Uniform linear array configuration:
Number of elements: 48
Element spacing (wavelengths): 0.25
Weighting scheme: hamming
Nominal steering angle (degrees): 0
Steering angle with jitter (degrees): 1.796
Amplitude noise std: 0.05
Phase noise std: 0.05

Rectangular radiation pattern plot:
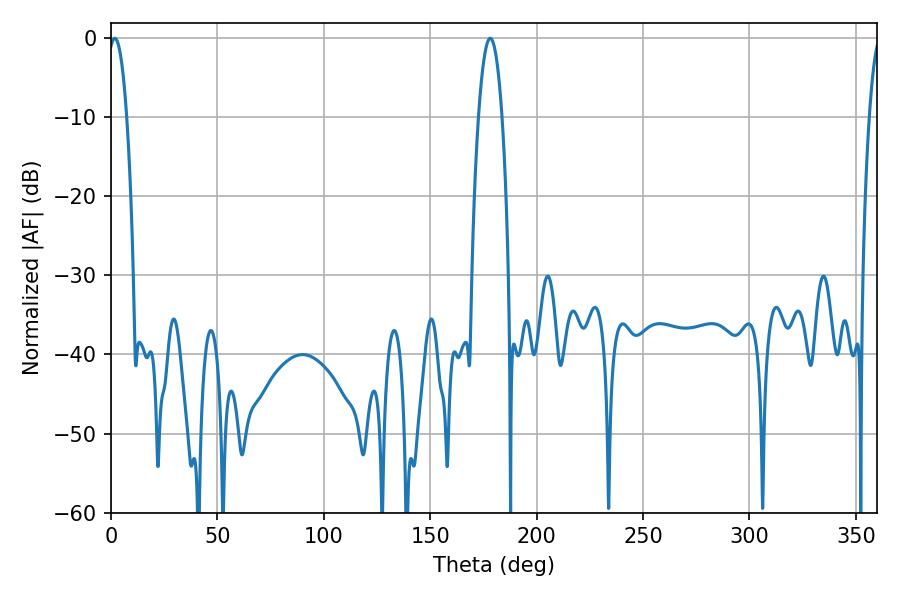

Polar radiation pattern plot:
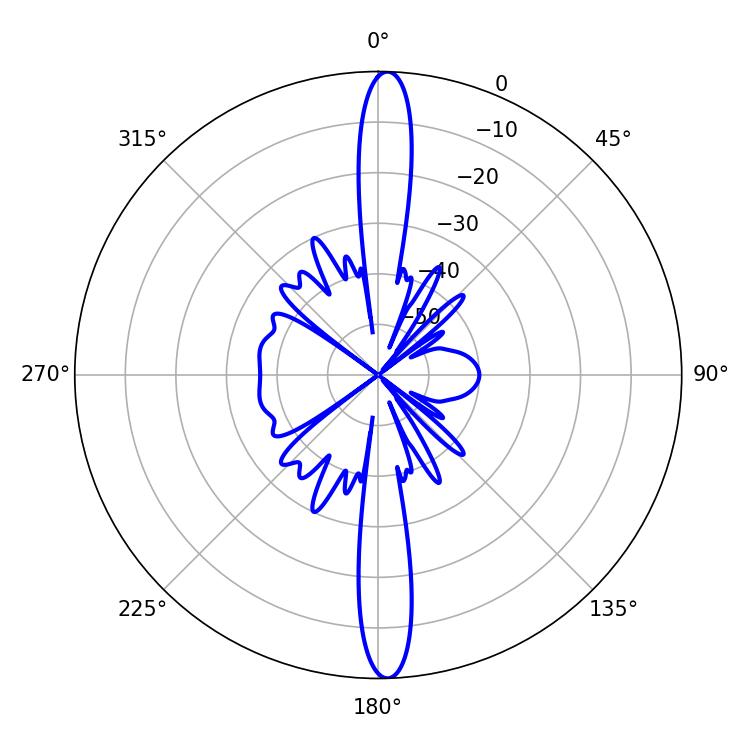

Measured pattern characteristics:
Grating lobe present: FALSE
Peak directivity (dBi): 24.608
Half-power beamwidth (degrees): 4.86
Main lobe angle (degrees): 1.8